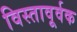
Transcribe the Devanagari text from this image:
विस्तावूर्वक